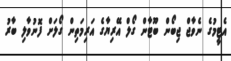
އެޓީމުގެ ނެވާޖް ޖިބޯން ބޫޓާން ގޯލް އޭރިޔާގެ އަރިމަތިން ގޯލަށް ފޮނުވާލި ބާރު